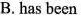
B. has been